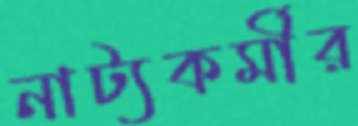
নাট্যকর্মীর